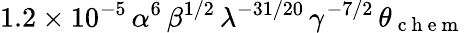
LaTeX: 1.2\times 10^{-5}\, \alpha^{6}\, \beta^{1/2}\, \lambda^{-31/20}\, \gamma^{-7/2}\, \theta_{\mathrm{~c~h~e~m~}}